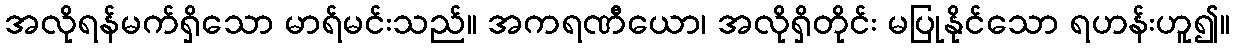
အလိုရန်မက်ရှိသော မာရ်မင်းသည်။ အကရဏီယော၊ အလိုရှိတိုင်း မပြုနိုင်သော ရဟန်းဟူ၍။